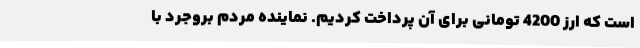
است که ارز 4200 تومانی برای آن پرداخت کردیم. نماینده مردم بروجرد با